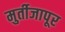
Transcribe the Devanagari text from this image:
मुर्तीजापूर